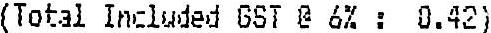
(TOTAL INCLUDED GST @ 6% : 0.42)